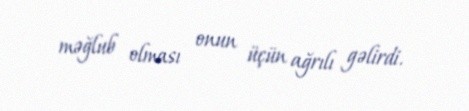
məğlub olması onun üçün ağrılı gəlirdi.